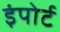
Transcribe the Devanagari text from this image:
इंपोर्ट